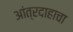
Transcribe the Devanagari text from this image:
आंत्रदाहाचा